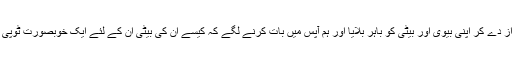
اُنہوں نے آواز دے کر اپنی بیوی اور بیٹی کو باہر بلایا اور ہم آپس میں بات کرنے لگے کہ کیسے اُن کی بیٹی اُن کے لئے ایک خوبصورت ٹوپی بنا رہی ہے۔